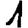
Digit: 1